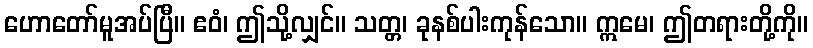
ဟောတော်မူအပ်ပြီ။ ဧဝံ၊ ဤသို့လျှင်။ သတ္တ၊ ခုနစ်ပါးကုန်သော။ ဣမေ၊ ဤတရားတို့ကို။